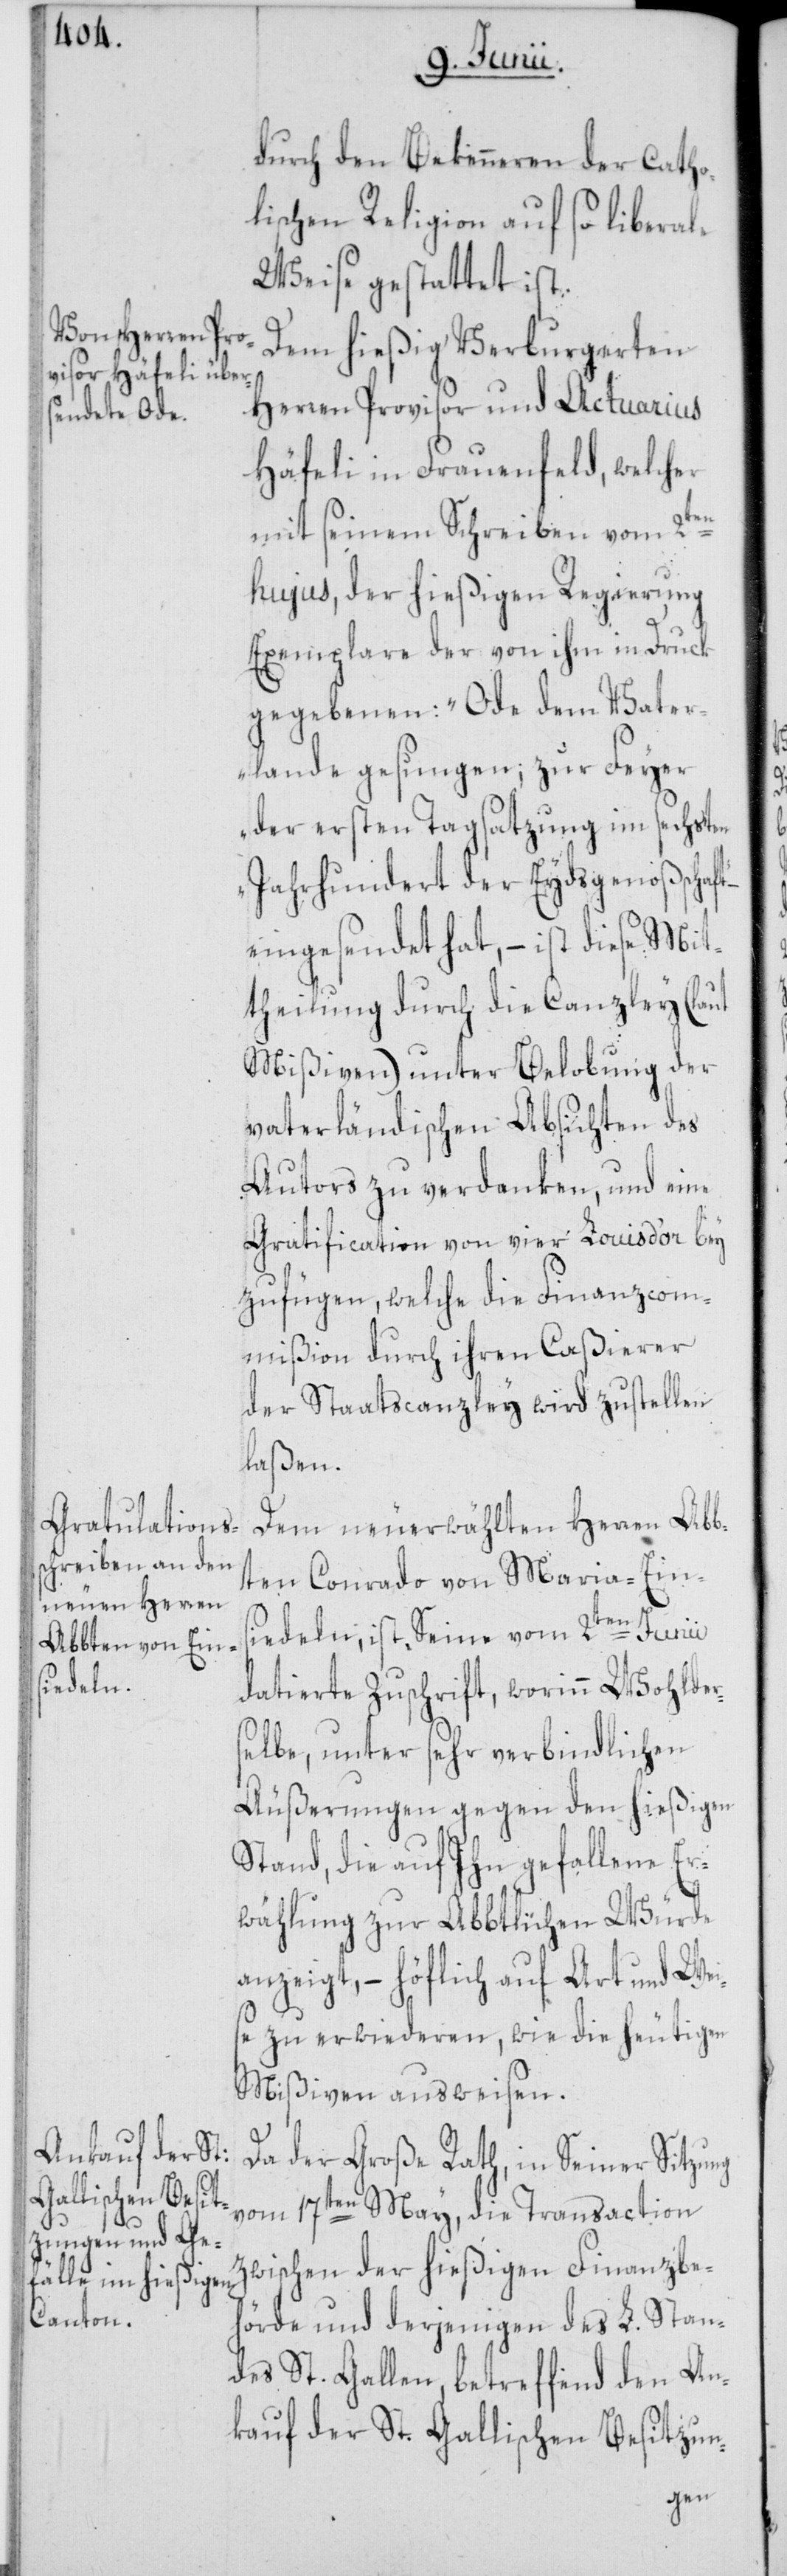
durch den Bekenneren der Catho¬
lischen Religion auf so liberale
Weise gestattet ist.
Dem hießig Verburgerten
Herren Provisor und Actuarius
Häfeli in Frauenfeld, welcher
mit seinem Schreiben vom 2ten
hujus, der hießigen Regierung
Exemplare der von ihm in Druck
gegebenen: „Ode dem Vater¬
lande gesungen; zur Feyer
der ersten Tagsatzung im sechsten
Jahrhundert der Eydsgenoßenschaft“
eingesendet hat, – ist diese Mit¬
theilung durch die Canzley (laut
Mißiven) unter Belobung der
vaterländischen Absichten des
Autors zu verdanken, und eine
Gratification von vier Louis d’or bey
zufügen, welche die Finanzcom¬
mißion durch ihren Caßierer
der Staatscanzley wird zustellen
laßen.
Dem neuerwählten Herren Abb¬
ten Conrado von Maria-Ein¬
siedeln, ist, Seine vom 2ten Junii
datierte Zuschrift, worinn Wohlder¬
selbe, unter sehr verbindlichen
Äußerungen gegen den hießigen
Stand, die auf Ihn gefallene Er¬
wählung zur Abbtlichen Würde
anzeigt, – höflich auf Art und Wei¬
se zu erwiederen, wie die heutigen
Mißiven ausweisen.
Da der Große Rath, in Seiner Sitzung
vom 17ten May, die Transaction
zwischen der hießigen Finanzbe¬
hörde und derjenigen des L. Stan¬
des St. Gallen, betreffend den An¬
kauf der St. Gallischen Besitzun-